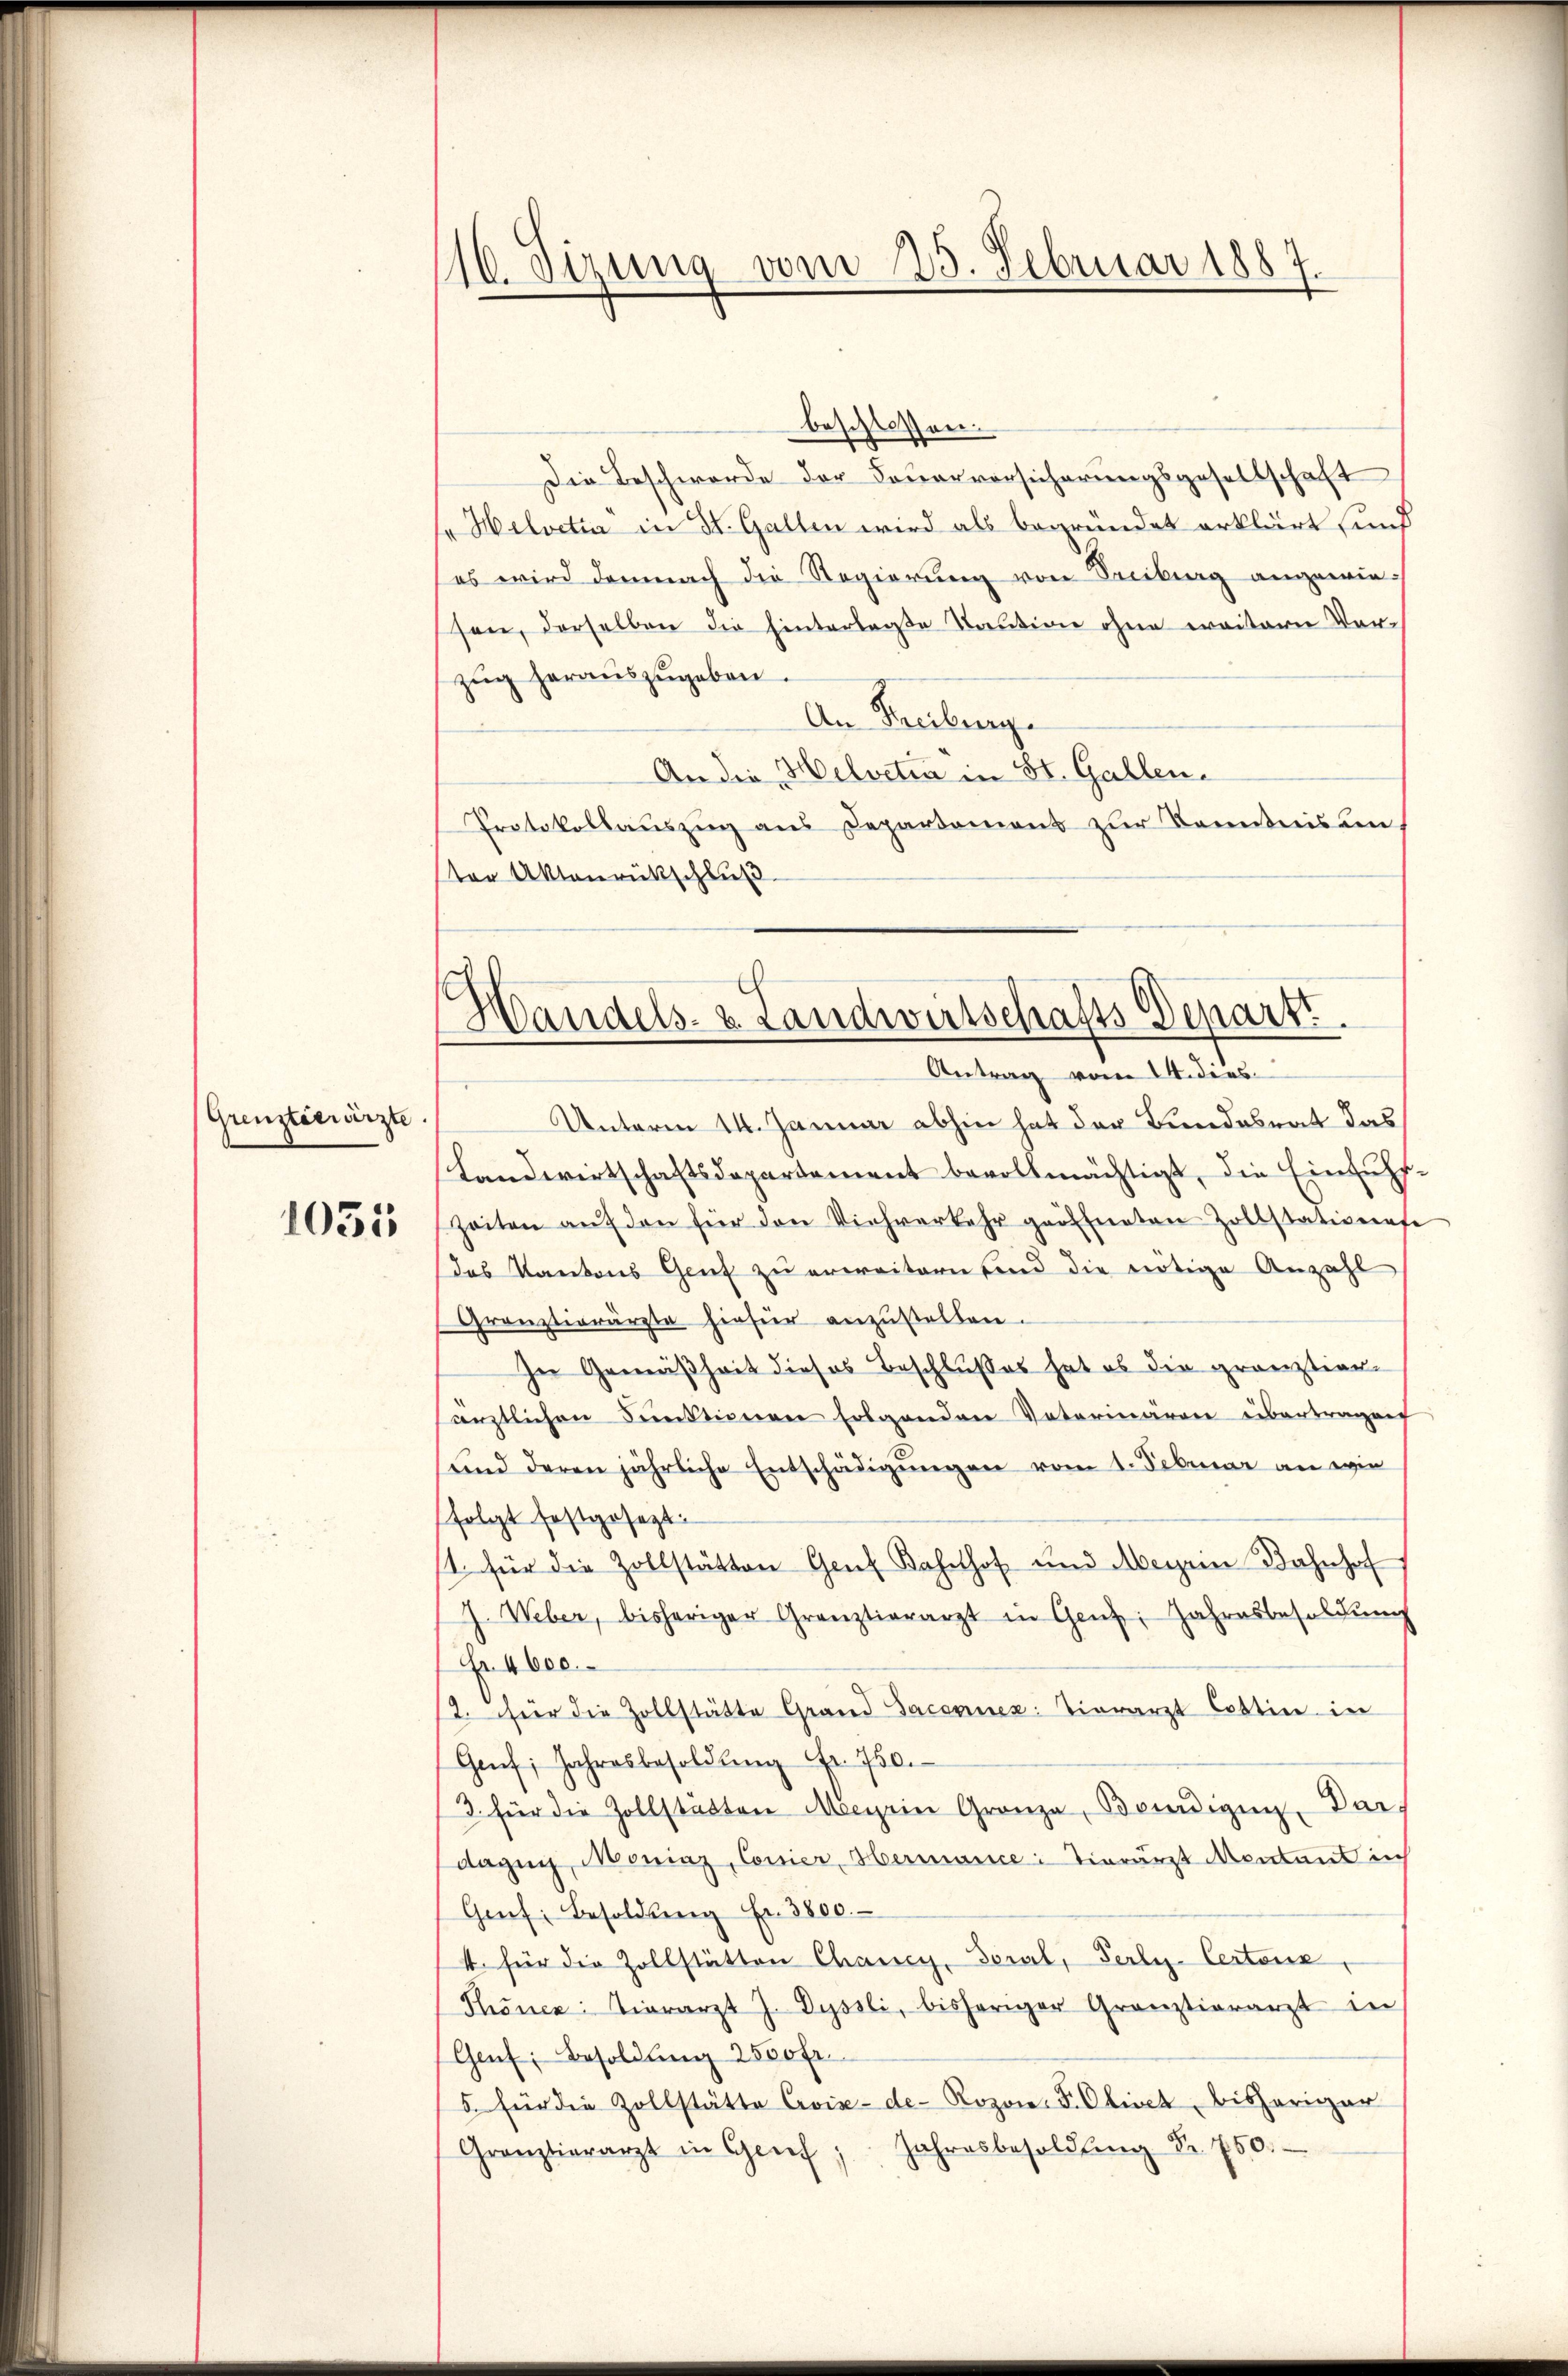
(Grenzteerärzte.
1055

16. Sizung vom 25. Februar 1887.

beschlossen:
Die Beschwerde der Feuervorsicherungsgesellschaft
"Helvetia in St. Gallen wird als begründet erklärt und
es wird demnach die Regierung von Freiburg angewiesen, derselben die hinterlagte Kaution ohne weitern Vorzug herauszugeben.
An Freiburg.
An die Helvetia in St. Gallen.
Protokollauszug aus Departement zur Kenntnissen,
ter Aktenrückschluß
Unterm 14. Januar abhin hat der Bundesrat das
Landwirtschaftsdepartement bevollmächtigt, die Einfuhr-
Zeiten aŭf den für den Viehverkehr geöffneten Zollstationate
das Kantons Genf zu erweitern sind die nötige Anzahl
Gränztierärzte hiefür anzustellen.
In Gemäßheit dieses Beschlußes hat es die gränztier-
ärztlichen Funktionen folgenden Vaterinären übertragen
und deren jährliche Entschädigŭngen vom 1. Februar an wie
folgt festgesezt:
1. für die Zollstätten Genf Bahnhof und Meyrin Bahnhof
J. Weber, bisheriger Granztierarzt in Genf, Jahresbesoldŭng
Nr. 4600.
t. für die Zollstätte Grand Jaconuez: Tierarzt Cottin in
Genf; Jahresbesoldŭng fr. 750.
/3 für die Zollstatten Meyrin Granze, Benedigen Dar-
dagung, Moniaz, Conier, Hermance: Tierärzt Montant ich
Genf. Besoldung Fr. 3800.
4. für die Zollstätten Chancy, Boral, Perly-Certonck,
Thonen: Tierarzt J. Dyssli, bisheriger Gränztierarzt in
Genf, Besoldung 2550 Fr.
5. für die Zollstätte Civise-de- Rozow, P. Olivet bisheriger
Granztierarzt in Geif, Jahresbesoldŭng Nr. 750.

Handels- u. Landwirtschafts Depart
Antrag vom 14. dies